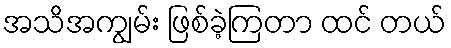
အသိအကျွမ်း ဖြစ်ခဲ့ကြတာ ထင် တယ်